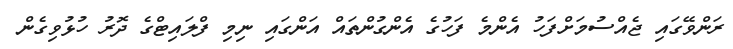
ރަންވޭގައި ޖެއްސުމަށްފަހު އެންމެ ފަހުގެ އެންގުންތައް އަންގައި ނިމި ފްލައިޓްގެ ދޮރު ހުޅުވިގެން